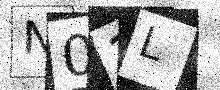
Text: N03L